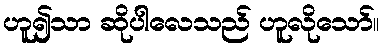
ဟူ၍သာ ဆိုပါလေသည် ဟူလိုသော်။